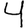
Digit: 4